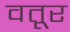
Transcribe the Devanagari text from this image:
वतूर